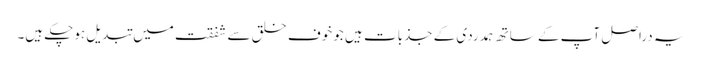
یہ دراصل آپ کے ساتھ ہمدردی کے جذبات ہیں جو خوف خلق سے شفقت میں تبدیل ہوچکے ہیں۔